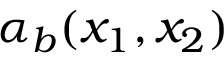
\alpha _ { b } ( x _ { 1 } , x _ { 2 } )